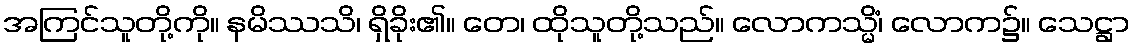
အကြင်သူတို့ကို။ နမိဿသိ၊ ရှိခိုး၏။ တေ၊ ထိုသူတို့သည်။ လောကသ္မိံ၊ လောက၌။ သေဋ္ဌာ